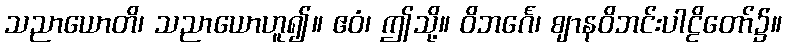
သညာယောတိ၊ သညာယောဟူ၍။ ဧဝံ၊ ဤသို့။ ဝိဘင်္ဂေ၊ ဈာနဝိဘင်းပါဠိတော်၌။